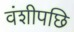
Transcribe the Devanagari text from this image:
वंशीपछि